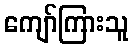
ကျော်ကြားသူ